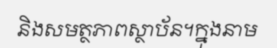
និងសមត្ថភាពស្ថាប័ន។ក្នុងនាម